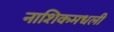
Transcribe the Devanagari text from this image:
नाशिकमधली